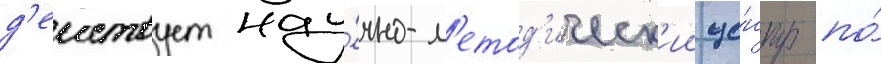
д'еиствует нау́чно-м'етод'ическ'ии це́нтр по́